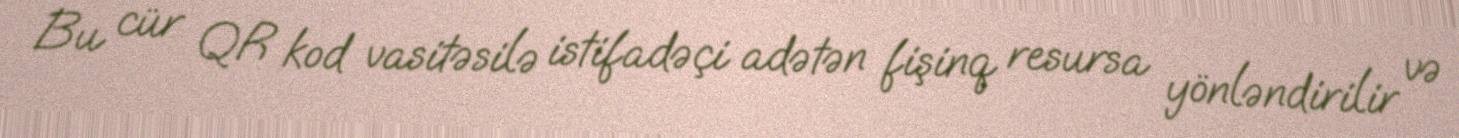
Bu cür QR kod vasitəsilə istifadəçi adətən fişinq resursa yönləndirilir və